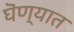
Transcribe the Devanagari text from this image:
घॆण्यात